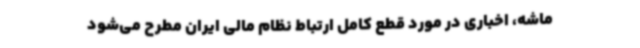
ماشه، اخباری در مورد قطع کامل ارتباط نظام مالی ایران مطرح می‌شود